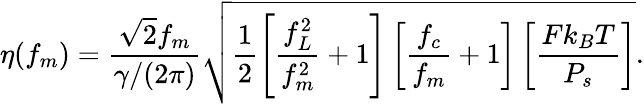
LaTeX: \eta(f_{m})=\frac{\sqrt{2}f_{m}}{\gamma/(2\pi)}\sqrt{\frac{1}{2}\left[\frac{f_{L}^{2}}{f_{m}^{2}}+1\right]\left[\frac{f_{c}}{f_{m}}+1\right]\left[\frac{Fk_{B}T}{P_{s}}\right]}.